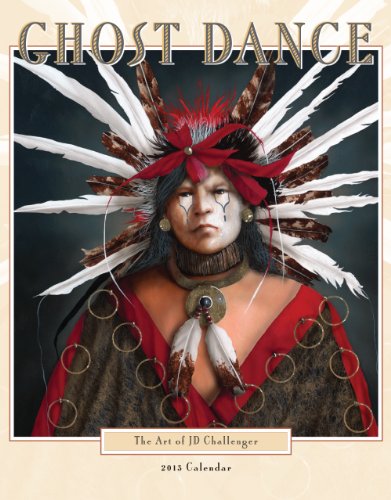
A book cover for Ghost Dance 2013 Calendar; J. D. Challenger; Calendars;